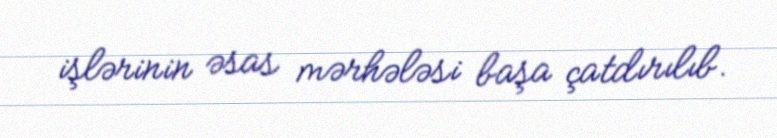
işlərinin əsas mərhələsi başa çatdırılıb.